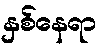
နှစ်နေရာ